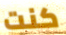
كنت